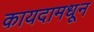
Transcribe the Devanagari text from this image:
कायदामधून